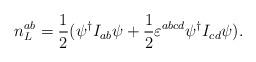
LaTeX: \begin{align*}n_L^{ab}=\frac 12(\psi ^{\dagger }I_{ab}\psi +\frac 12\varepsilon^{abcd}\psi ^{\dagger }I_{cd}\psi ).\end{align*}